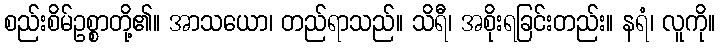
စည်းစိမ်ဥစ္စာတို့၏။ အာသယော၊ တည်ရာသည်။ သိရီ၊ အစိုးရခြင်းတည်း။ နရံ၊ လူကို။